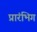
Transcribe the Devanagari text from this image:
प्रारंभिग